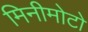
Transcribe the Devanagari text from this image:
मिनीमोटो